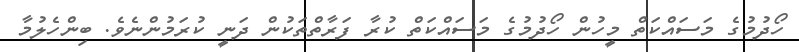
ހޯދުމުގެ މަސައްކަތް މީހުން ހޯދުމުގެ މަަސައްކަތް ކުރާ ފަރާތްތަކުން ދަނީ ކުރަމުންނެވެ. ބިންހެލުމާ